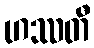
ဟဿတီ